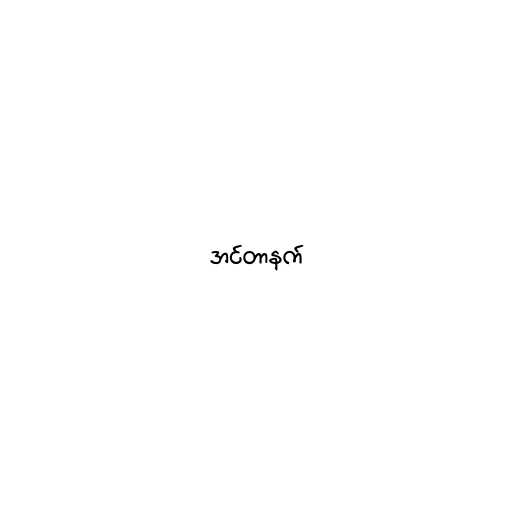
အင်တာနက်